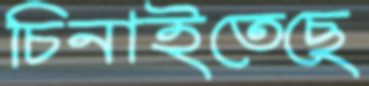
চিনাইতেছে